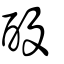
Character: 酘